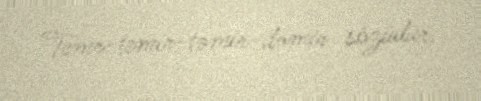
Temr-temir-təmir-dəmir sözüdür.